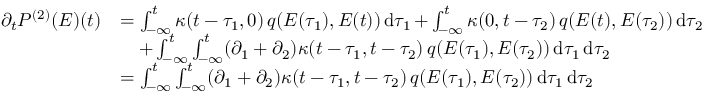
\begin{array} { r l } { \partial _ { t } P ^ { ( 2 ) } ( E ) ( t ) } & { = \int _ { - \infty } ^ { t } \kappa ( t - \tau _ { 1 } , 0 ) \, q ( E ( \tau _ { 1 } ) , E ( t ) ) \mathop { \mathrm { d } \tau _ { 1 } } + \int _ { - \infty } ^ { t } \kappa ( 0 , t - \tau _ { 2 } ) \, q ( E ( t ) , E ( \tau _ { 2 } ) ) \mathop { \mathrm { d } \tau _ { 2 } } } \\ & { \quad + \int _ { - \infty } ^ { t } \int _ { - \infty } ^ { t } ( \partial _ { 1 } + \partial _ { 2 } ) \kappa ( t - \tau _ { 1 } , t - \tau _ { 2 } ) \, q ( E ( \tau _ { 1 } ) , E ( \tau _ { 2 } ) ) \mathop { \mathrm { d } \tau _ { 1 } } \mathop { \mathrm { d } \tau _ { 2 } } } \\ & { = \int _ { - \infty } ^ { t } \int _ { - \infty } ^ { t } ( \partial _ { 1 } + \partial _ { 2 } ) \kappa ( t - \tau _ { 1 } , t - \tau _ { 2 } ) \, q ( E ( \tau _ { 1 } ) , E ( \tau _ { 2 } ) ) \mathop { \mathrm { d } \tau _ { 1 } } \mathop { \mathrm { d } \tau _ { 2 } } } \end{array}